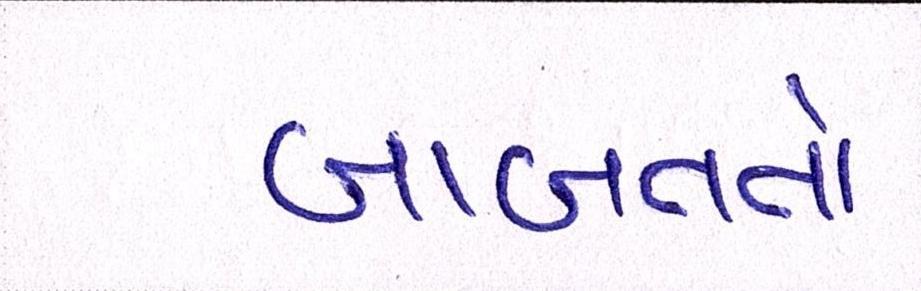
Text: બાબતતો